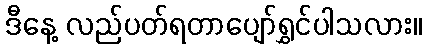
ဒီနေ့ လည်ပတ်ရတာပျော်ရွှင်ပါသလား။